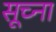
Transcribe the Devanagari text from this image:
सूच्ना